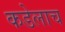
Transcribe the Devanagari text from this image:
कडेलाच